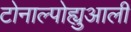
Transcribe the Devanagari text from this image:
टोनाल्पोह्युआली